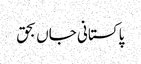
پاکستانی جاں بحق